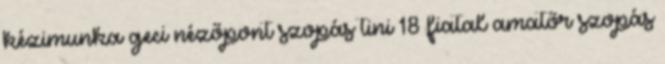
kézimunka geci nézőpont szopás tini 18 fiatal amatőr szopás